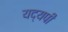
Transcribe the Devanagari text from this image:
यद्यपी